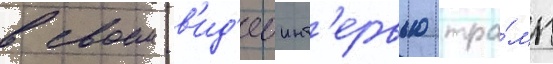
в своем в'ид'еоинт'ервью тра́мп